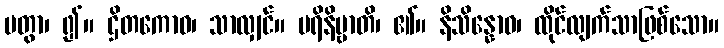
ပတွာ၊ ၍။ ဌိတကောဝ၊ သာလျှင်။ ပရိနိဗ္ဗာတိ၊ ၏။ နိသိန္နောဝ၊ ထိုင်လျက်သာဖြစ်သော။